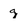
Character: g